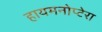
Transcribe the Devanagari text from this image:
हायमनोप्टेरा